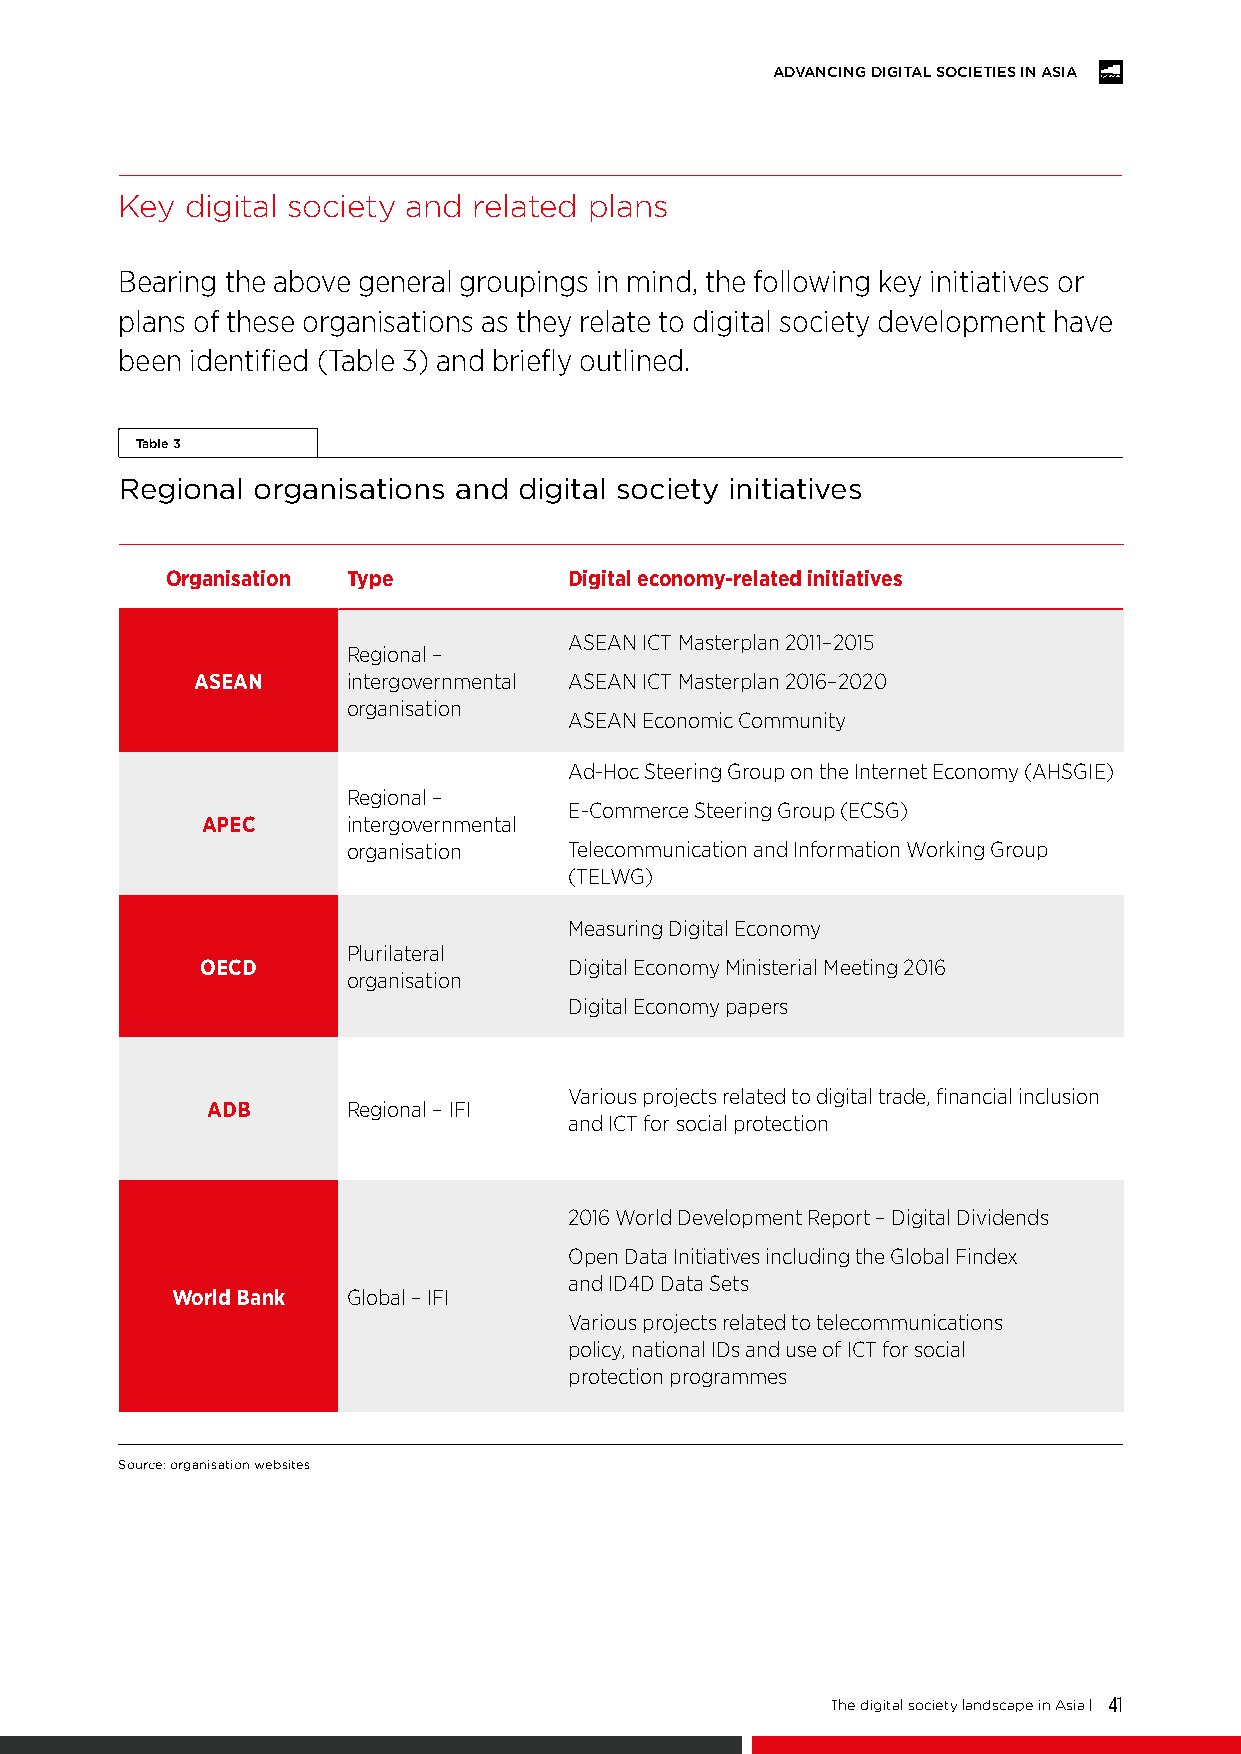
ADVANCING DIGITAL SOCIETIES IN ASIA
 Key digital society and related plans
 Bearing the above general groupings in mind, the following key initiatives or
 plans of these organisations as they relate to digital society development have
 been identified (Table 3) and briefly outlined.
 Table 3
 Regional organisations and digital society initiatives
 Organisation Type          Digital economy-related initiatives
 ASEAN ICT Masterplan 2011–2015
 Regional –
 ASEAN     intergovernmental ASEAN ICT Masterplan 2016–2020
 organisation
 ASEAN Economic Community
 Ad-Hoc Steering Group on the Internet Economy (AHSGIE)
 Regional –
 E-Commerce Steering Group (ECSG)
 APEC      intergovernmental
 organisation   Telecommunication and Information Working Group
 (TELWG)
 Measuring Digital Economy
 Plurilateral
 OECD                     Digital Economy Ministerial Meeting 2016
 organisation
 Digital Economy papers
 Various projects related to digital trade, financial inclusion
 ADB      Regional – IFI
 and ICT for social protection
 2016 World Development Report – Digital Dividends
 Open Data Initiatives including the Global Findex
 and ID4D Data Sets
 World Bank  Global – IFI
 Various projects related to telecommunications
 policy, national IDs and use of ICT for social
 protection programmes
 Source: organisation websites
 The digital society landscape in Asia | 41